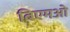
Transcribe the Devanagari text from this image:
बिएमओ